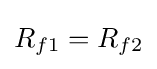
R_{f1}=R_{f2}